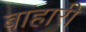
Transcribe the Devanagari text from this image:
बाहारी